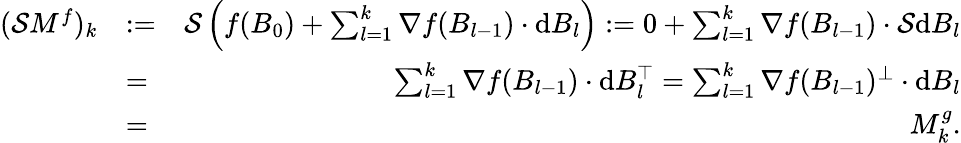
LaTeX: \begin{array}{rlr}{(\mathcal{S}M^{f})_{k}}&{:=}&{\mathcal{S}\left(f(B_{0})+\sum_{l=1}^{k}\nabla f(B_{l-1})\cdot\mathrm{d}B_{l}\right):=0+\sum_{l=1}^{k}\nabla f(B_{l-1})\cdot\mathcal{S}\mathrm{d}B_{l}}\\ &{=}&{\sum_{l=1}^{k}\nabla f(B_{l-1})\cdot\mathrm{d}B_{l}^{\top}=\sum_{l=1}^{k}\nabla f(B_{l-1})^{\perp}\cdot\mathrm{d}B_{l}}\\ &{=}&{M_{k}^{g}.}\end{array}